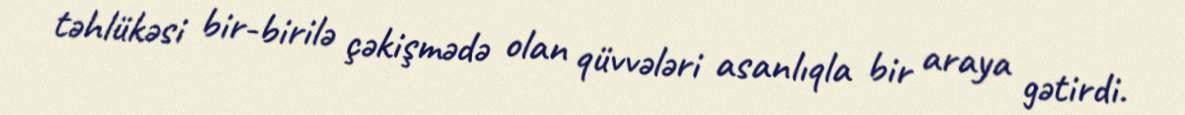
təhlükəsi bir-birilə çəkişmədə olan qüvvələri asanlıqla bir araya gətirdi.